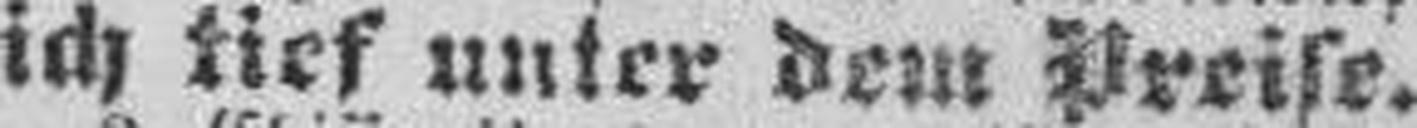
ich tief unter dem Preise.